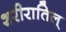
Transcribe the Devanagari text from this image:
शरीरातिल्